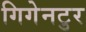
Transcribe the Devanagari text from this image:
गिगेनटुर